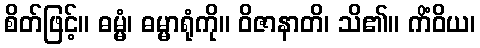
စိတ်ဖြင့်။ ဓမ္မံ၊ ဓမ္မာရုံကို။ ဝိဇာနာတိ၊ သိ၏။ ကိံဝိယ၊